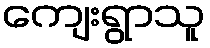
ကျေးရွာသူ